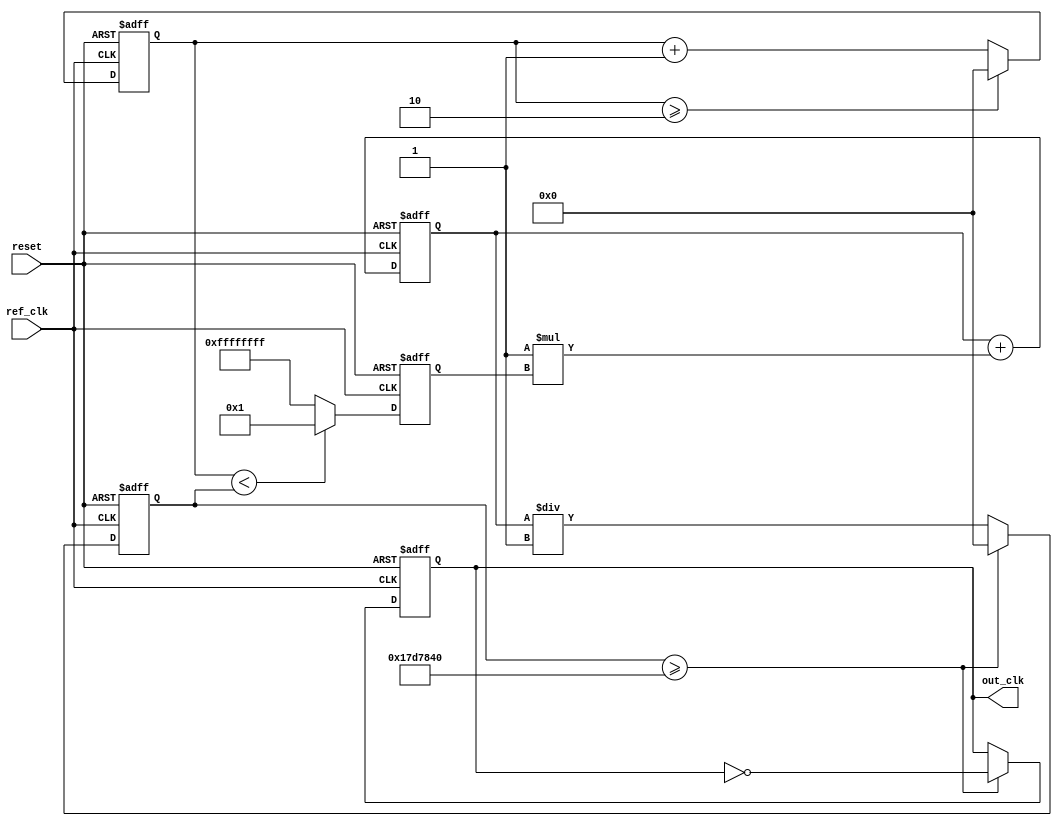
module parameterized_PLL #(
    parameter REFERENCE_FREQUENCY = 50_000_000, // Reference clock frequency (Hz)
    parameter OUTPUT_FREQUENCY = 100_000_000,    // Desired output clock frequency (Hz)
    parameter DIVISION_RATIO = OUTPUT_FREQUENCY / REFERENCE_FREQUENCY, // Feedback division ratio
    parameter LOOP_FILTER_GAIN = 1,              // Proportional gain for loop filter
    parameter VCO_SENSITIVITY = 1                 // VCO sensitivity (Hz/V)
)(
    input wire ref_clk,                          // Reference clock input
    input wire reset,                            // Reset signal
    output reg out_clk                           // Output clock
);

    // Internal signals
    reg [31:0] phase_error;                      // Phase error signal from PD
    reg [31:0] control_voltage;                   // Control voltage for VCO
    reg [31:0] vco_counter;                       // VCO counter for output clock
    reg [31:0] feedback_counter;                  // Feedback counter for divider

    // Phase Detector (PD)
    always @(posedge ref_clk or posedge reset) begin
        if (reset) begin
            phase_error <= 0;
        end else begin
            // A simple phase detector implementation
            // Here, we could use a more sophisticated PFD in a real application
            phase_error <= (feedback_counter < vco_counter) ? 1 : -1;
        end
    end

    // Loop Filter (LF)
    always @(posedge ref_clk or posedge reset) begin
        if (reset) begin
            control_voltage <= 0;
        end else begin
            control_voltage <= control_voltage + (LOOP_FILTER_GAIN * phase_error);
        end
    end

    // Voltage-Controlled Oscillator (VCO)
    always @(posedge ref_clk or posedge reset) begin
        if (reset) begin
            vco_counter <= 0;
            feedback_counter <= 0;
            out_clk <= 0;
        end else begin
            // Adjust frequency based on control voltage
            vco_counter <= control_voltage / VCO_SENSITIVITY;

            // Generate output clock
            if (vco_counter >= (REFERENCE_FREQUENCY / DIVISION_RATIO)) begin
                out_clk <= ~out_clk; // Toggle output clock
                vco_counter <= 0;     // Reset VCO counter
            end

            // Feedback divider
            if (feedback_counter >= DIVISION_RATIO) begin
                feedback_counter <= 0; // Reset feedback counter
            end else begin
                feedback_counter <= feedback_counter + 1; // Increment feedback counter
            end
        end
    end

endmodule